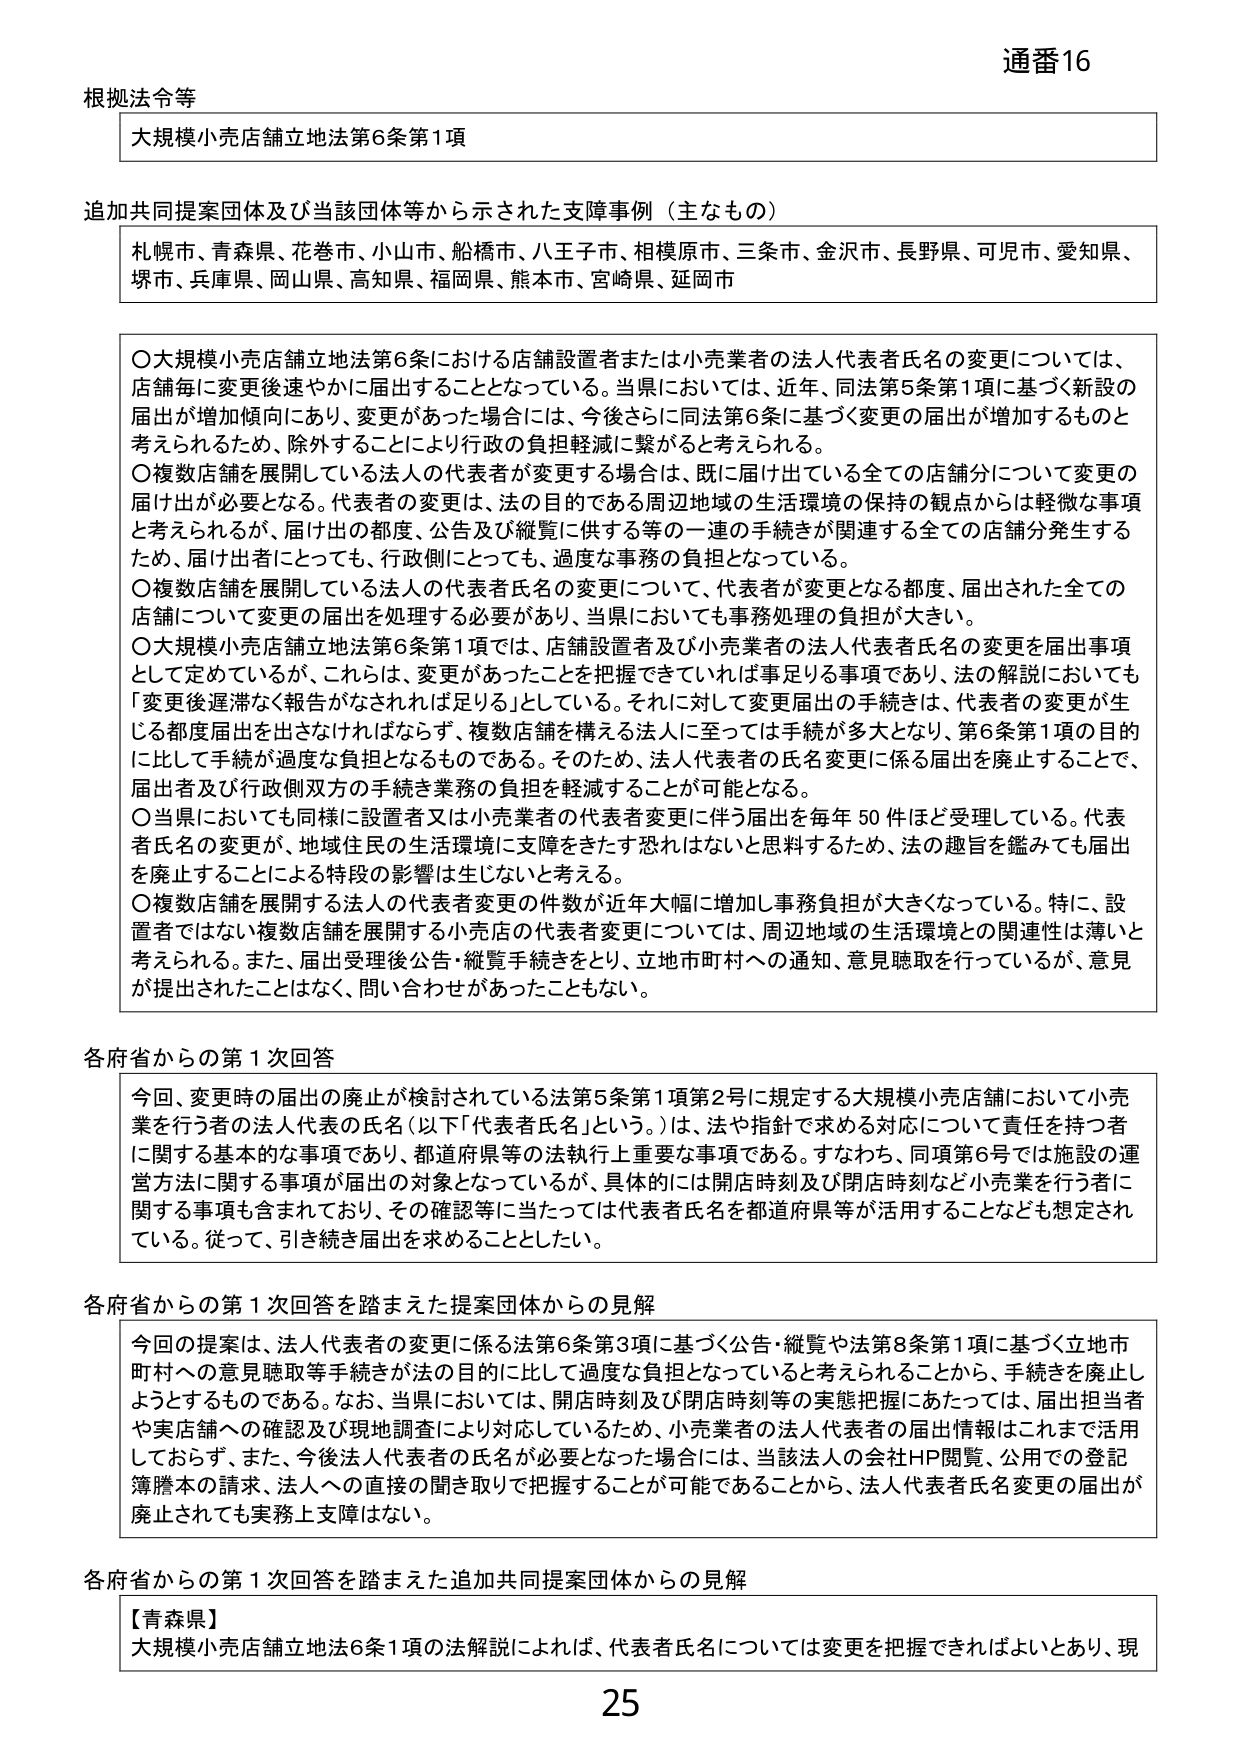
通番16

根拠法令等
大規模小売店舗立地法第6条第1項

追加共同提案団体及び当該団体等から示された支障事例（主なもの）
札幌市、青森県、花巻市、小山市、船橋市、八王子市、相模原市、三条市、金沢市、長野県、可児市、愛知県、
堺市、兵庫県、岡山県、高知県、福岡県、熊本市、宮崎県、延岡市

〇大規模小売店舗立地法第6条における店舗設置者または小売業者の法人代表者氏名の変更については、
店舗毎に変更後速やかに届出することとなっている。当県においては、近年、同法第5条第1項に基づく新設の
届出が増加傾向にあり、変更があった場合には、今後さらに同法第6条に基づく変更の届出が増加するものと
考えられるため、除外することにより行政の負担軽減に繋がると考えられる。
〇複数店舗を展開している法人の代表者が変更する場合は、既に届け出ている全ての店舗分について変更の
届け出が必要となる。代表者の変更は、法の目的である周辺地域の生活環境の保持の観点からは軽微な事項
と考えられるが、届け出の都度、公告及び縦覧に供する等の一連の手続きが関連する全ての店舗分発生する
ため、届け出者にとっても、行政側にとっても、過度な事務の負担となっている。
〇複数店舗を展開している法人の代表者氏名の変更について、代表者が変更となる都度、届出された全ての
店舗について変更の届出を処理する必要があり、当県においても事務処理の負担が大きい。
〇大規模小売店舗立地法第6条第1項では、店舗設置者及び小売業者の法人代表者氏名の変更を届出事項
として定めているが、これらは、変更があったことを把握できていれば事足りる事項であり、法の解説においても
「変更後遅滞なく報告がなされれば足り」としている。それに対して変更届出の手続きは、代表者の変更が生
じる都度届出を出さなければならないず、複数店舗を構える法人に至っては手続きが多大となり、第6条第1項の目的
に比して手続が過度な負担となるものである。そのため、法人代表者の氏名変更に係る届出を廃止することで、
届出者及び行政側双方の手続き業務の負担を軽減することが可能となる。
〇当県においても同様に設置者又は小売業者の代表者変更に伴う届出を毎年50件ほど受理している。代表
者氏名の変更が、地域住民の生活環境に支障をきたす恐れはないと思料するため、法の趣旨を鑑みても届出
を廃止することによる特段の影響は生じないと考える。
〇複数店舗を展開する法人の代表者変更の件数が近年大幅に増加し事務負担が大きくなっている。特に、設
置者ではない複数店舗を展開する小売店の代表者変更については、周辺地域の生活環境との関連性は薄いと
考えられる。また、届出受理後公告・縦覧手続きをとり、立地市町村への通知、意見聴取を行っているが、意見
が提出されたことはなく、問い合わせがあったこともない。

各府省からの第1次回答
今回、変更時の届出の廃止が検討されている法第5条第1項第2号に規定する大規模小売店舗において小売
業を行う者の法人代表の氏名（以下「代表者氏名」という。）は、法や指針で求める対応について責任を持つ者
に関する基本的な事項であり、都道府県等の法執行上重要な事項である。すなわち、同項第6号では施設の運
営方法に関する事項が届出の対象となっているが、具体的には開店時刻及び閉店時刻など小売業を行う者に
関する事項も含まれており、その確認等に当たっては代表者氏名を都道府県等が活用することなども想定され
ている。従って、引き続き届出を求めることとしたい。

各府省からの第1次回答を踏まえた提案団体からの見解
今回の提案は、法人代表者の変更に係る法第6条第3項に基づく公告・縦覧や法第8条第1項に基づく立地市
町村への意見聴取等手続きが法の目的に比して過度な負担となっていると考えられることから、手続きを廃止し
ようとするものである。なお、当県においては、開店時刻及び閉店時刻等の実態把握にあたっては、届出担当者
や実店舗への確認及び現地調査により対応しているため、小売業者の法人代表者の届出情報はこれまで活用
しておらず、また、今後法人代表者の氏名が必要となった場合には、当該法人の会社HP閲覧、公用での登記
簿謄本の請求、法人への直接の聞き取りで把握することが可能であることから、法人代表者氏名変更の届出が
廃止されても実務上支障はない。

各府省からの第1次回答を踏まえた追加共同提案団体からの見解
【青森県】
大規模小売店舗立地法6条1項の法解説によれば、代表者氏名については変更を把握できればよいとあり、現

25